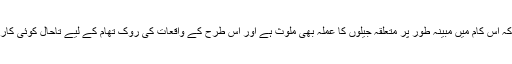
اجلاس میں بتایا گیا ہے کہ اس کام میں مبینہ طور پر متعلقہ جیلوں کا عملہ بھی ملوث ہے اور اس طرح کے واقعات کی روک تھام کے لیے تاحال کوئی کارروائی نہیں کی گئی ہے۔